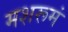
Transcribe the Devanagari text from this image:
मशरूमं